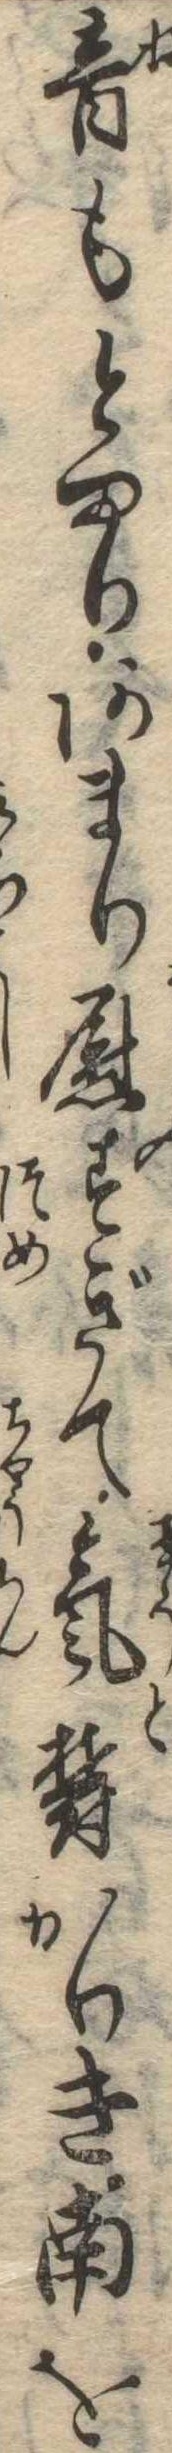
音もとまりあまり慰すぎて気欝かりき南を